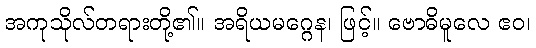
အကုသိုလ်တရားတို့၏။ အရိယမဂ္ဂေန၊ ဖြင့်။ ဗောဓိမူလေ ဧဝ၊